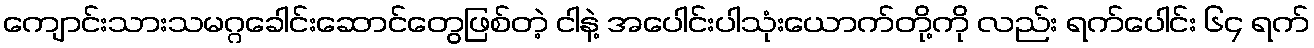
ကျောင်းသားသမဂ္ဂခေါင်းဆောင်တွေဖြစ်တဲ့ ငါနဲ့ အပေါင်းပါသုံးယောက်တို့ကို လည်း ရက်ပေါင်း ၆၄ ရက်